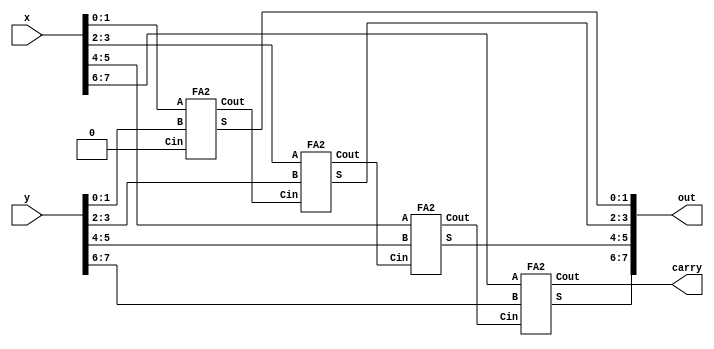
module adder_gate(x, y, carry, out);
input [7:0] x, y;
output carry;
output [7:0] out;

/*Write your code here*/
wire [7:0] C;
wire [7:0] P;
wire [7:0] G;

wire C2, C4, C6;

FA2 ADDER1(.Cin(1'b0), .A(x[1:0]), .B(y[1:0]), .S(out[1:0]), .Cout(C2));
FA2 ADDER2(.Cin(C2), .A(x[3:2]), .B(y[3:2]), .S(out[3:2]), .Cout(C4));
FA2 ADDER3(.Cin(C4), .A(x[5:4]), .B(y[5:4]), .S(out[5:4]), .Cout(C6));
FA2 ADDER4(.Cin(C6), .A(x[7:6]), .B(y[7:6]), .S(out[7:6]), .Cout(carry));

/*End of code*/

endmodule

module FA2(Cin, A, B, S, Cout);
input Cin;
input [1:0] A;
input [1:0] B;
output [1:0] S;
output Cout;

wire [2:0] P;
wire [2:0] G;
wire [2:0] C;
wire w1, w2, w3, w4, w5, w6, w7, w8, w9;
wire G21, P21;

assign P[0] = 1'b0;
assign G[0] = Cin;

assign C[0] = G[0];

// PG logic
xor #1 XOR1(P[1], A[0], B[0]);
xor #1 XOR2(P[2], A[1], B[1]);

and #1 AN1(G[1], A[0], B[0]);
and #1 AN2(G[2], A[1], B[1]);

// Adder
and #1 AN5(w1, P[1], C[0]);
and #1 AN6(w2, P21, C[0]);

or #1 OR1(C[1], w1, G[1]);
//or #1 OR2(C[2], w2, G21);

xor #1 XOR5(S[0], C[0], P[1]);
xor #1 XOR6(S[1], C[1], P[2]);

// Carry propagate
or #1 OR7(G21, G[2], w7);
and #1 AN11(w7, P[2], G[1]);

and #1 AN12(P21, P[1], P[2]);

and #1 AN15(w8, P21, Cin);
or #1 OR8(Cout, w8, G21);

endmodule